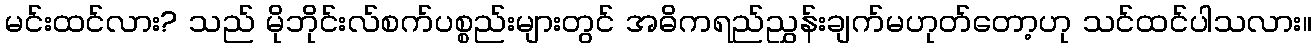
မင်းထင်လား? သည် မိုဘိုင်းလ်စက်ပစ္စည်းများတွင် အဓိကရည်ညွှန်းချက်မဟုတ်တော့ဟု သင်ထင်ပါသလား။